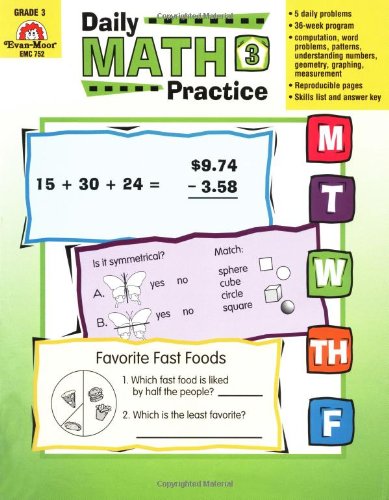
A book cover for Daily Common Core Math Practice, Grade 3; Evan Moor; Education & Teaching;